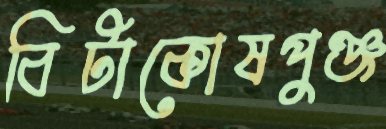
বিটাকোষপুঞ্জ